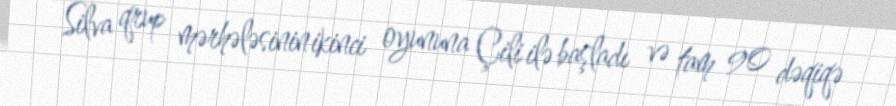
Silva qrup mərhələsinin ikinci oyununa Çili ilə başladı və tam 90 dəqiqə